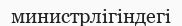
министрлігіндегі